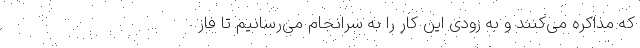
که مذاکره می‌‌کنند و به زودی این کار را به سرانجام می‌‌رسانیم تا فاز